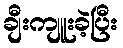
ချီးကျူးခဲ့ပြီး